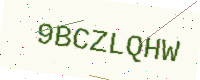
Text: 9BCZLQHW